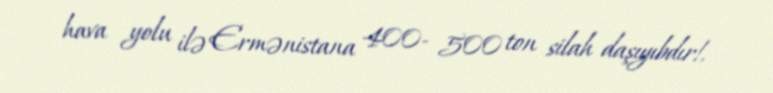
hava yolu ilə Ermənistana 400- 500 ton silah daşıyıbdır!.